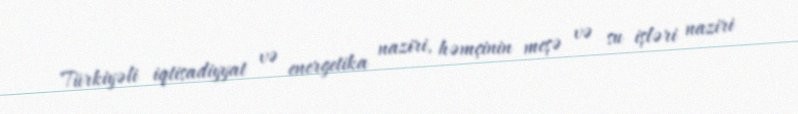
Türkiyəli iqtisadiyyat və energetika naziri, həmçinin meşə və su işləri naziri